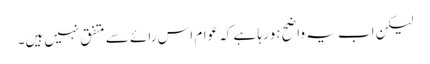
لیکن اب یہ واضح ہورہا ہے کہ عوام اس رائے سے متفق نہیں ہیں۔